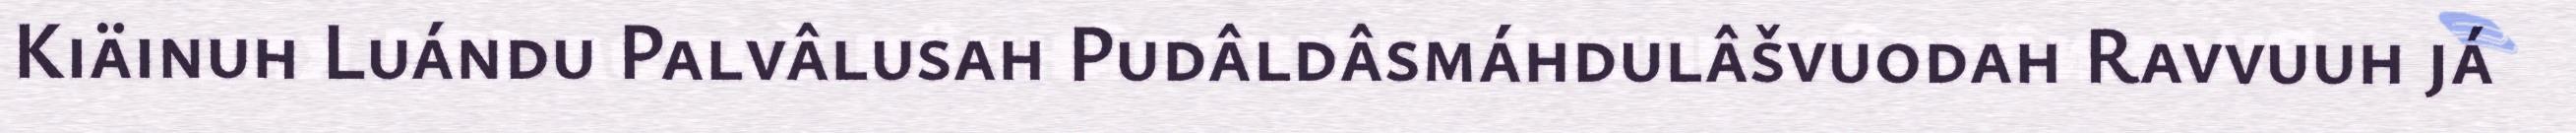
Kiäinuh Luándu Palvâlusah Pudâldâsmáhdulâšvuodah Ravvuuh já